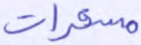
مسخرات